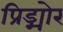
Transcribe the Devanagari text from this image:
प्रिड्मोर